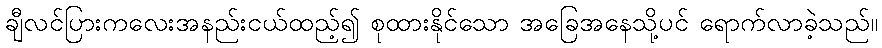
ချီလင်ပြားကလေးအနည်းငယ်ထည့်၍ စုထားနိုင်သော အခြေအနေသို့ပင် ရောက်လာခဲ့သည်။